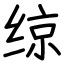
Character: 𫟅